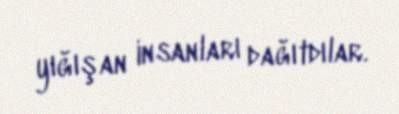
yığışan insanları dağıtdılar.